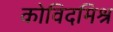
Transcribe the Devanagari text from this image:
कोविदमिश्र